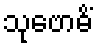
သုဗောဓိံ